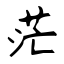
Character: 茫